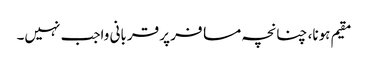
مقیم ہونا، چنانچہ مسافر پر قربانی واجب نہیں۔